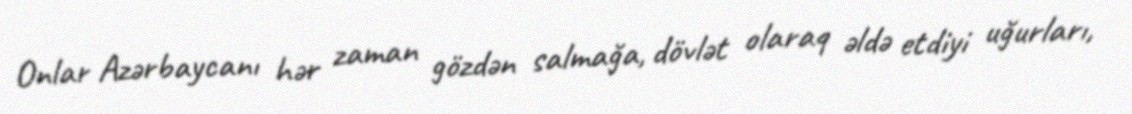
Onlar Azərbaycanı hər zaman gözdən salmağa, dövlət olaraq əldə etdiyi uğurları,